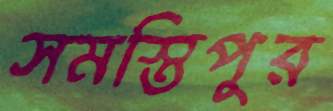
সমস্তিপুর